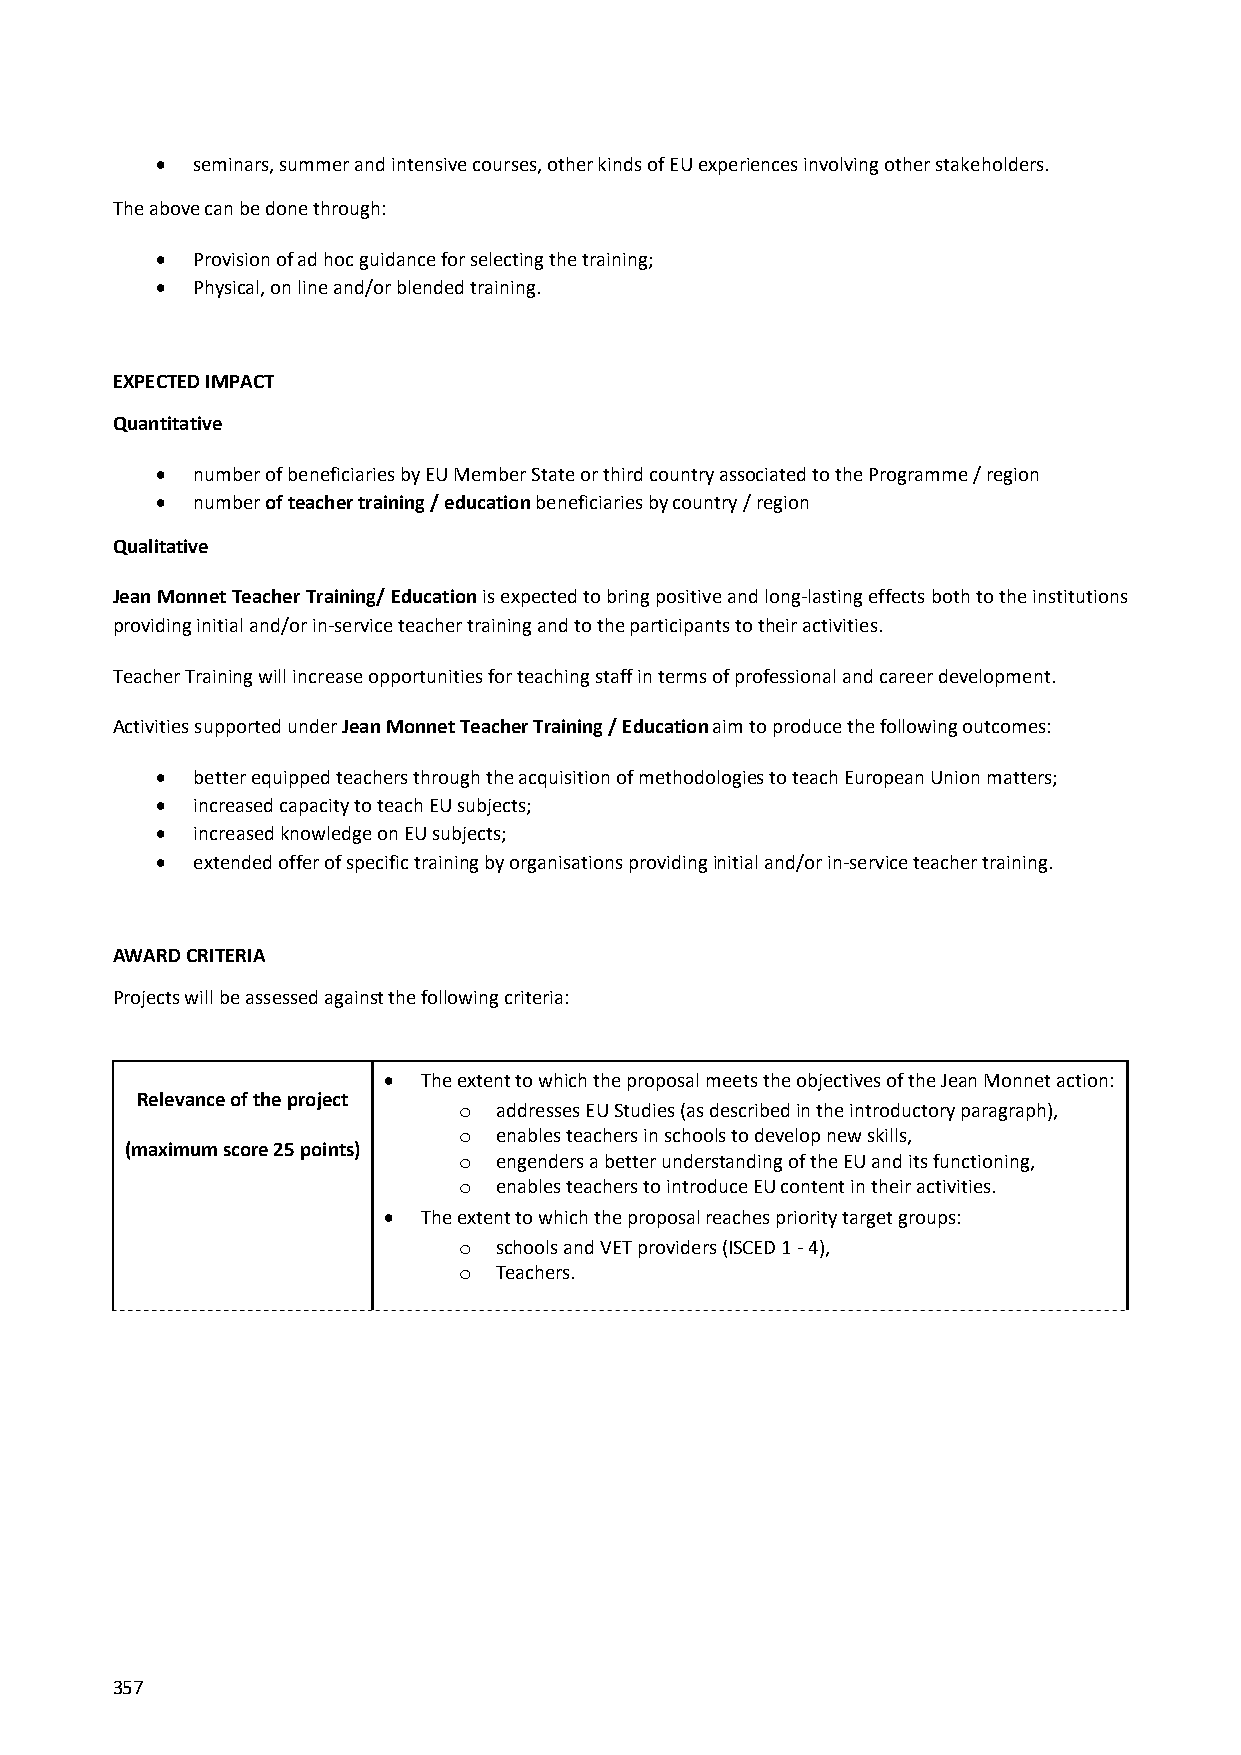
  seminars, summer and intensive courses, other kinds of EU experiences involving other stakeholders.
 The above can be done through:
   Provision of ad hoc guidance for selecting the training;
   Physical, on line and/or blended training.
 EXPECTED IMPACT
 Quantitative
   number of beneficiaries by EU Member State or third country associated to the Programme / region
   number of teacher training / education beneficiaries by country / region
 Qualitative
 Jean Monnet Teacher Training/ Education is expected to bring positive and long‐lasting effects both to the institutions
 providing initial and/or in‐service teacher training and to the participants to their activities.
 Teacher Training will increase opportunities for teaching staff in terms of professional and career development.
 Activities supported under Jean Monnet Teacher Training / Education aim to produce the following outcomes:
   better equipped teachers through the acquisition of methodologies to teach European Union matters;
   increased capacity to teach EU subjects;
   increased knowledge on EU subjects;
   extended offer of specific training by organisations providing initial and/or in‐service teacher training.
 AWARD CRITERIA
 Projects will be assessed against the following criteria:
   The extent to which the proposal meets the objectives of the Jean Monnet action:
 Relevance of the project
 o  addresses EU Studies (as described in the introductory paragraph),
 o  enables teachers in schools to develop new skills,
 (maximum score 25 points)
 o  engenders a better understanding of the EU and its functioning,
 o  enables teachers to introduce EU content in their activities.
   The extent to which the proposal reaches priority target groups:
 o  schools and VET providers (ISCED 1 ‐ 4),
 o  Teachers.
 357